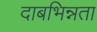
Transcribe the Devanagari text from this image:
दाबभिन्नता